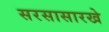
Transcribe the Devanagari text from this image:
सरसासारखे